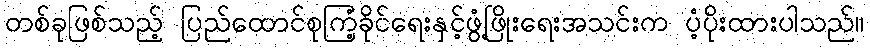
တစ်ခုဖြစ်သည့် ပြည်ထောင်စုကြံ့ခိုင်ရေးနှင့်ဖွံ့ဖြိုးရေးအသင်းက ပံ့ပိုးထားပါသည်။